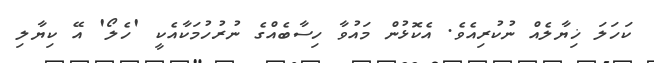
ކަހަލަ ޚިޔާލެއް ނުކުރިއެވެ. އެކޮޅުން މައުވާ ހިސާބެއްގެ ނުރުހުމަކާއެކީ 'ހެލޯ' އޭ ކިޔާލި